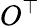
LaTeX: O^{\top}